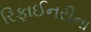
રિફાઈનરીના